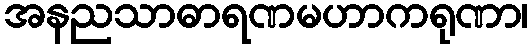
အနညသာဓာရဏမဟာကရုဏာ၊